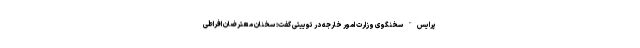
پرایس" سخنگوی وزارت امور خارجه در توییتی گفت: سخنان معترضان افراطی